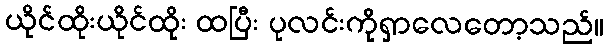
ယိုင်ထိုးယိုင်ထိုး ထပြီး ပုလင်းကိုရှာလေတော့သည်။